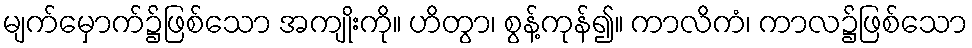
မျက်မှောက်၌ဖြစ်သော အကျိုးကို။ ဟိတွာ၊ စွန့်ကုန်၍။ ကာလိကံ၊ ကာလ၌ဖြစ်သော